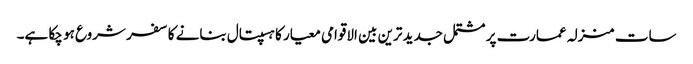
سات منزلہ عمارت پر مشتمل جدید ترین بین الاقوامی معیار کا ہسپتال بنانے کا سفر شروع ہو چکا ہے۔